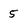
Character: 5